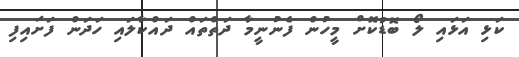
ކަޅި އަޅައި ލޯ ބޮޑުކޮށް މީހުން ފެނުނީމާ ދަތްތައް ދައްކާލައި ހަދަން ފަށައިފި